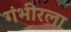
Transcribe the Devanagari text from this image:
गंभीरला